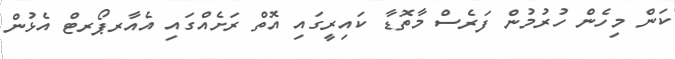
ކަން މިހެން ހުރުމުން ފަރެސް މާތޮޑާ ކައިރީގައި އޮތް ރަށެއްގައި އެއާރޕޯރޓް އެެޅުން